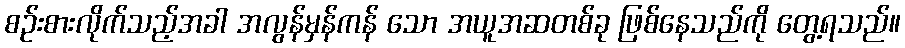
စဉ်းစားလိုက်သည့်အခါ အလွန်မှန်ကန် သော အယူအဆတစ်ခု ဖြစ်နေသည်ကို တွေ့ရသည်။